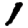
Digit: 1